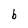
Character: b